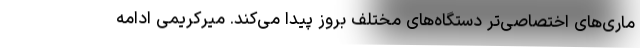
ماری‌های اختصاصی‌تر دستگاه‌های مختلف بروز پیدا می‌کند. میرکریمی ادامه